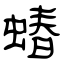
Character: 蝽